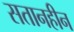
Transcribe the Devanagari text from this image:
सतानहीन